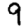
Digit: 9